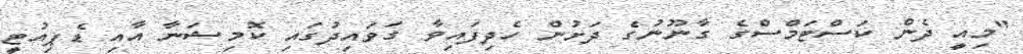
"މިއީ ދެން ކަސްޓަމްސްގެ ގާނޫނުގެ ދަށުން ހެދިފައިވާ ގަވައިދުގައި ކޮމިޝަނާ އާއި ޑެޕިއުޓީ